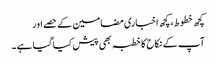
کچھ خطوط، کچھ اخباری مضامین کے حصے اور
آپ کے نکاح کا خطبہ بھی پیش کیا گیا ہے۔